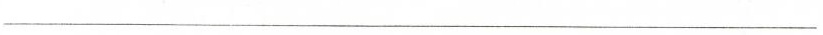
___